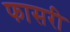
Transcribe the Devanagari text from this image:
फासरी